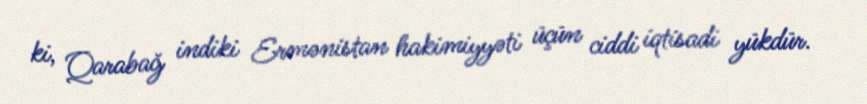
ki, Qarabağ indiki Ermənistan hakimiyyəti üçün ciddi iqtisadi yükdür.